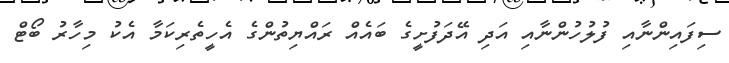
ސިފައިންނާއި ފުލުހުންނާއި އަދި އޭދަފުށީގެ ބައެއް ރައްޔިތުންގެ އެހީތެރިކަމާ އެކު މިހާރު ބޯޓް